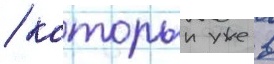
/ которыи уже в